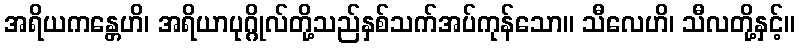
အရိယကန္တေဟိ၊ အရိယာပုဂ္ဂိုလ်တို့သည်နှစ်သက်အပ်ကုန်သော။ သီလေဟိ၊ သီလတို့နှင့်။